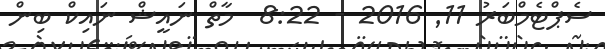
ސެޕްޓެމްބަރު 11